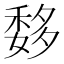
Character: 𥠨